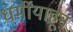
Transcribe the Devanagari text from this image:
धर्मींयाहून